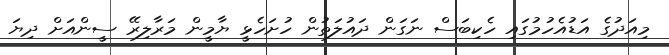
މިއަދުގެ އަޑުއެހުމުގައި ހެކިބަސް ނަގަން ދައުލަތުން ހުށަހެޅީ ޔާމީން މަރާލިރޭ ސީންއަށް ދިޔަ